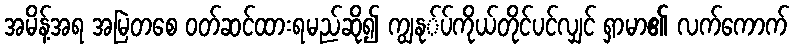
အမိန့်အရ အမြဲတစေ ဝတ်ဆင်ထားရမည်ဆို၍ ကျွနု်ပ်ကိုယ်တိုင်ပင်လျှင် ရှာမာ၏ လက်ကောက်